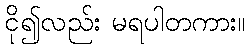
ငို၍လည်း မရပါတကား။